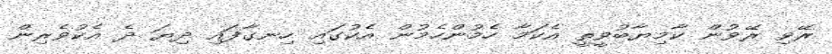
ރޭވި ރޭވުން ކާމިޔާބުވީތީ އެކަމާ ހެމުންހެމުން އެކުގައި ހިނގާފައި ދިޔަ ދެ އެކުވެރިން